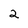
Character: 2